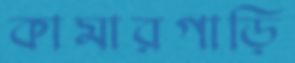
কামারগাড়ি